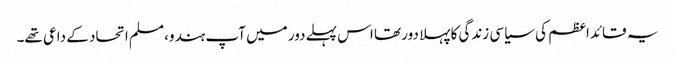
یہ قائداعظم کی سیاسی زندگی کا پہلا دور تھا اس پہلے دور میں آپ ہندو، مسلم اتحاد کے داعی تھے۔